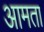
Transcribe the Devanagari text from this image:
आमता